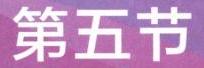
第五节